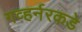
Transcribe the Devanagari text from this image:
गव्हर्नरकडे